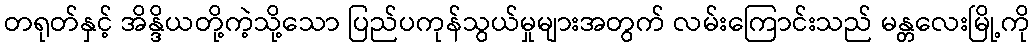
တရုတ်နှင့် အိန္ဒိယတို့ကဲ့သို့သော ပြည်ပကုန်သွယ်မှုများအတွက် လမ်းကြောင်းသည် မန္တလေးမြို့ကို